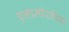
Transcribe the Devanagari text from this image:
एनामॉरफिक